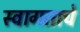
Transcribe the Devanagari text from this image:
स्वागताचे